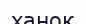
ханок